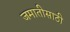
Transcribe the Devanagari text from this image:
जमातीसाठी